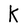
Character: K